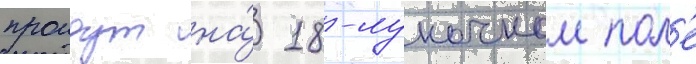
проидут на́ 18-луночном пол'е